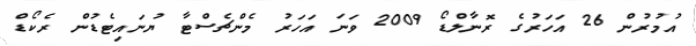
އުމުރުން 26 އަހަރުގެ ރޮނާލްޑޯ 2009 ވަނަ އަހަރު މެންޗެސްޓާ ޔުނައިޓެޑުން ރެކޯޑް